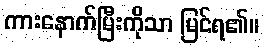
ကားနောက်မြီးကိုသာ မြင်ရ၏။